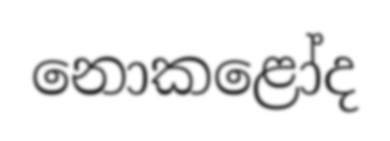
නොකළෝද